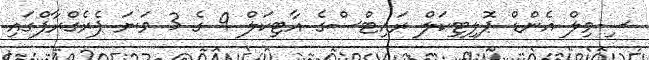
ސިވިލް އެންޑް ޕޮލިޓިކަލް ރައިޓްސްގެ އާޓިކަލް 9 ގެ 3 ވަނަ ޕެރެގްރާފްގައި